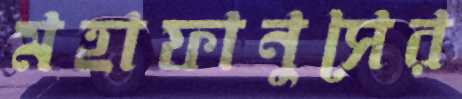
মহাফানুসের